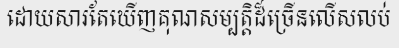
ដោយសារតែឃើញគុណសម្បត្តិដ៏ច្រើនលើសលប់